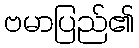
ဗမာပြည်၏